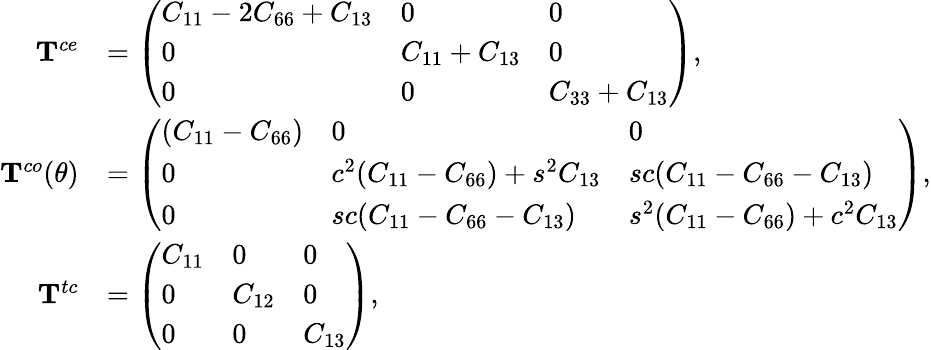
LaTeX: \begin{array}{rl}{\mathbf{T}^{ce}}&{=\left(\begin{array}{lll}{C_{11}-2C_{66}+C_{13}}&{0}&{0}\\ {0}&{C_{11}+C_{13}}&{0}\\ {0}&{0}&{C_{33}+C_{13}}\end{array}\right),}\\ {\mathbf{T}^{co}(\theta)}&{=\left(\begin{array}{lll}{(C_{11}-C_{66})}&{0}&{0}\\ {0}&{c^{2}(C_{11}-C_{66})+s^{2}C_{13}}&{sc(C_{11}-C_{66}-C_{13})}\\ {0}&{sc(C_{11}-C_{66}-C_{13})}&{s^{2}(C_{11}-C_{66})+c^{2}C_{13}}\end{array}\right),}\\ {\mathbf{T}^{tc}}&{=\left(\begin{array}{lll}{C_{11}}&{0}&{0}\\ {0}&{C_{12}}&{0}\\ {0}&{0}&{C_{13}}\end{array}\right),}\end{array}